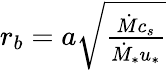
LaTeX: \begin{array}{r}{r_{b}=a\sqrt{\frac{\dot{M}c_{s}}{\dot{M}_{*}u_{*}}}}\end{array}